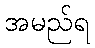
အမည်ရ